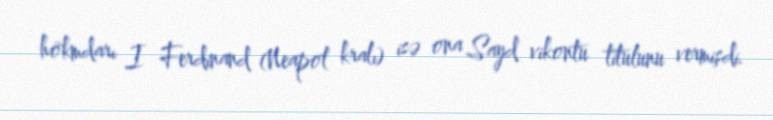
hökmdarı I Ferdinand (Neapol kralı) isə ona Sayd vikontu titulunu vermişdi.